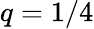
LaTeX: q=1/4